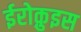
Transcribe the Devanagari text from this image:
ईरोक़ुइस